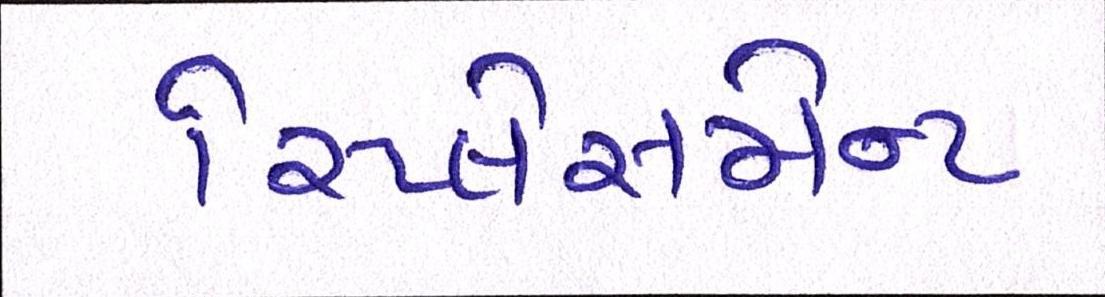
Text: રિપ્લેસમેન્ટ